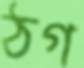
ঠগ